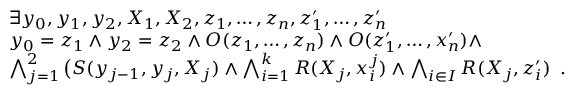
\begin{array} { r l } & { \exists y _ { 0 } , y _ { 1 } , y _ { 2 } , X _ { 1 } , X _ { 2 } , z _ { 1 } , \dotsc , z _ { n } , z _ { 1 } ^ { \prime } , \dotsc , z _ { n } ^ { \prime } } \\ & { y _ { 0 } = z _ { 1 } \wedge y _ { 2 } = z _ { 2 } \wedge O ( z _ { 1 } , \dotsc , z _ { n } ) \wedge O ( z _ { 1 } ^ { \prime } , \dotsc , x _ { n } ^ { \prime } ) \wedge } \\ & { \bigwedge _ { j = 1 } ^ { 2 } \big ( S ( y _ { j - 1 } , y _ { j } , X _ { j } ) \wedge \bigwedge _ { i = 1 } ^ { k } R ( X _ { j } , x _ { i } ^ { j } ) \wedge \bigwedge _ { i \in I } R ( X _ { j } , z _ { i } ^ { \prime } ) \enspace . } \end{array}